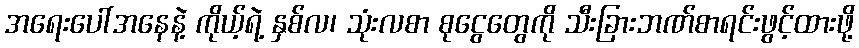
အရေးပေါ်အနေနဲ့ ကိုယ့်ရဲ့ နှစ်လ၊ သုံးလစာ စုငွေတွေကို သီးခြားဘဏ်စာရင်းဖွင့်ထားဖို့